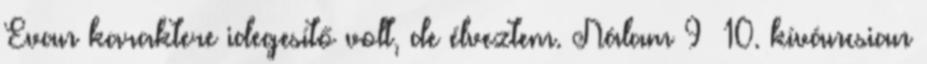
Evan karaktere idegesítő volt, de élveztem. Nálam 9 10. kíváncsian